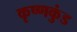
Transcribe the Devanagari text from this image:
कृष्णकुंड